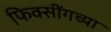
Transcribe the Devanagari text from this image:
फिक्सींगच्या